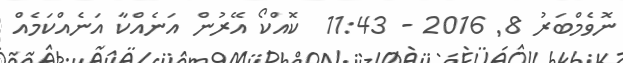
ނޮވެމްބަރު 8